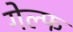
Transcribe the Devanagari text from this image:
गेल्फ